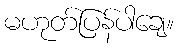
မဟုတ်ပြန်ပါချေ။